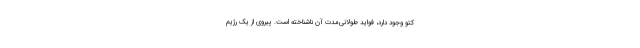
کتو وجود دارد، فواید طولانی‌مدت آن ناشناخته است. پیروی از یک رژیم